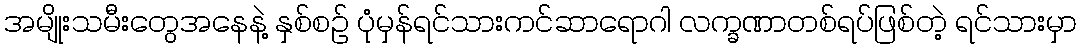
အမျိုးသမီးတွေအနေနဲ့ နှစ်စဉ် ပုံမှန်ရင်သားကင်ဆာရောဂါ လက္ခဏာတစ်ရပ်ဖြစ်တဲ့ ရင်သားမှာ